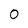
Character: 0